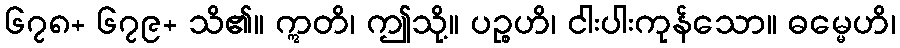
၆၇၈+ ၆၇၉+ သိ၏။ ဣတိ၊ ဤသို့။ ပဉ္စဟိ၊ ငါးပါးကုန်သော။ ဓမ္မေဟိ၊